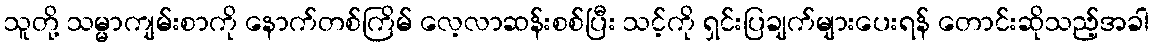
သူတို့ သမ္မာကျမ်းစာကို နောက်တစ်ကြိမ် လေ့လာဆန်းစစ်ပြီး သင့်ကို ရှင်းပြချက်များပေးရန် တောင်းဆိုသည့်အခါ